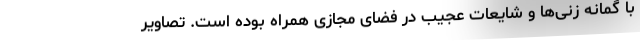
با گمانه زنی‌ها و شایعات عجیب در فضای مجازی همراه بوده است. تصاویر